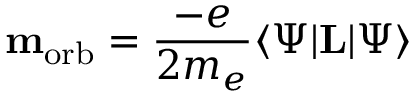
\mathbf { m } _ { \mathrm { { o r b } } } = { \frac { - e } { 2 m _ { e } } } \langle \Psi \vert \mathbf { L } \vert \Psi \rangle